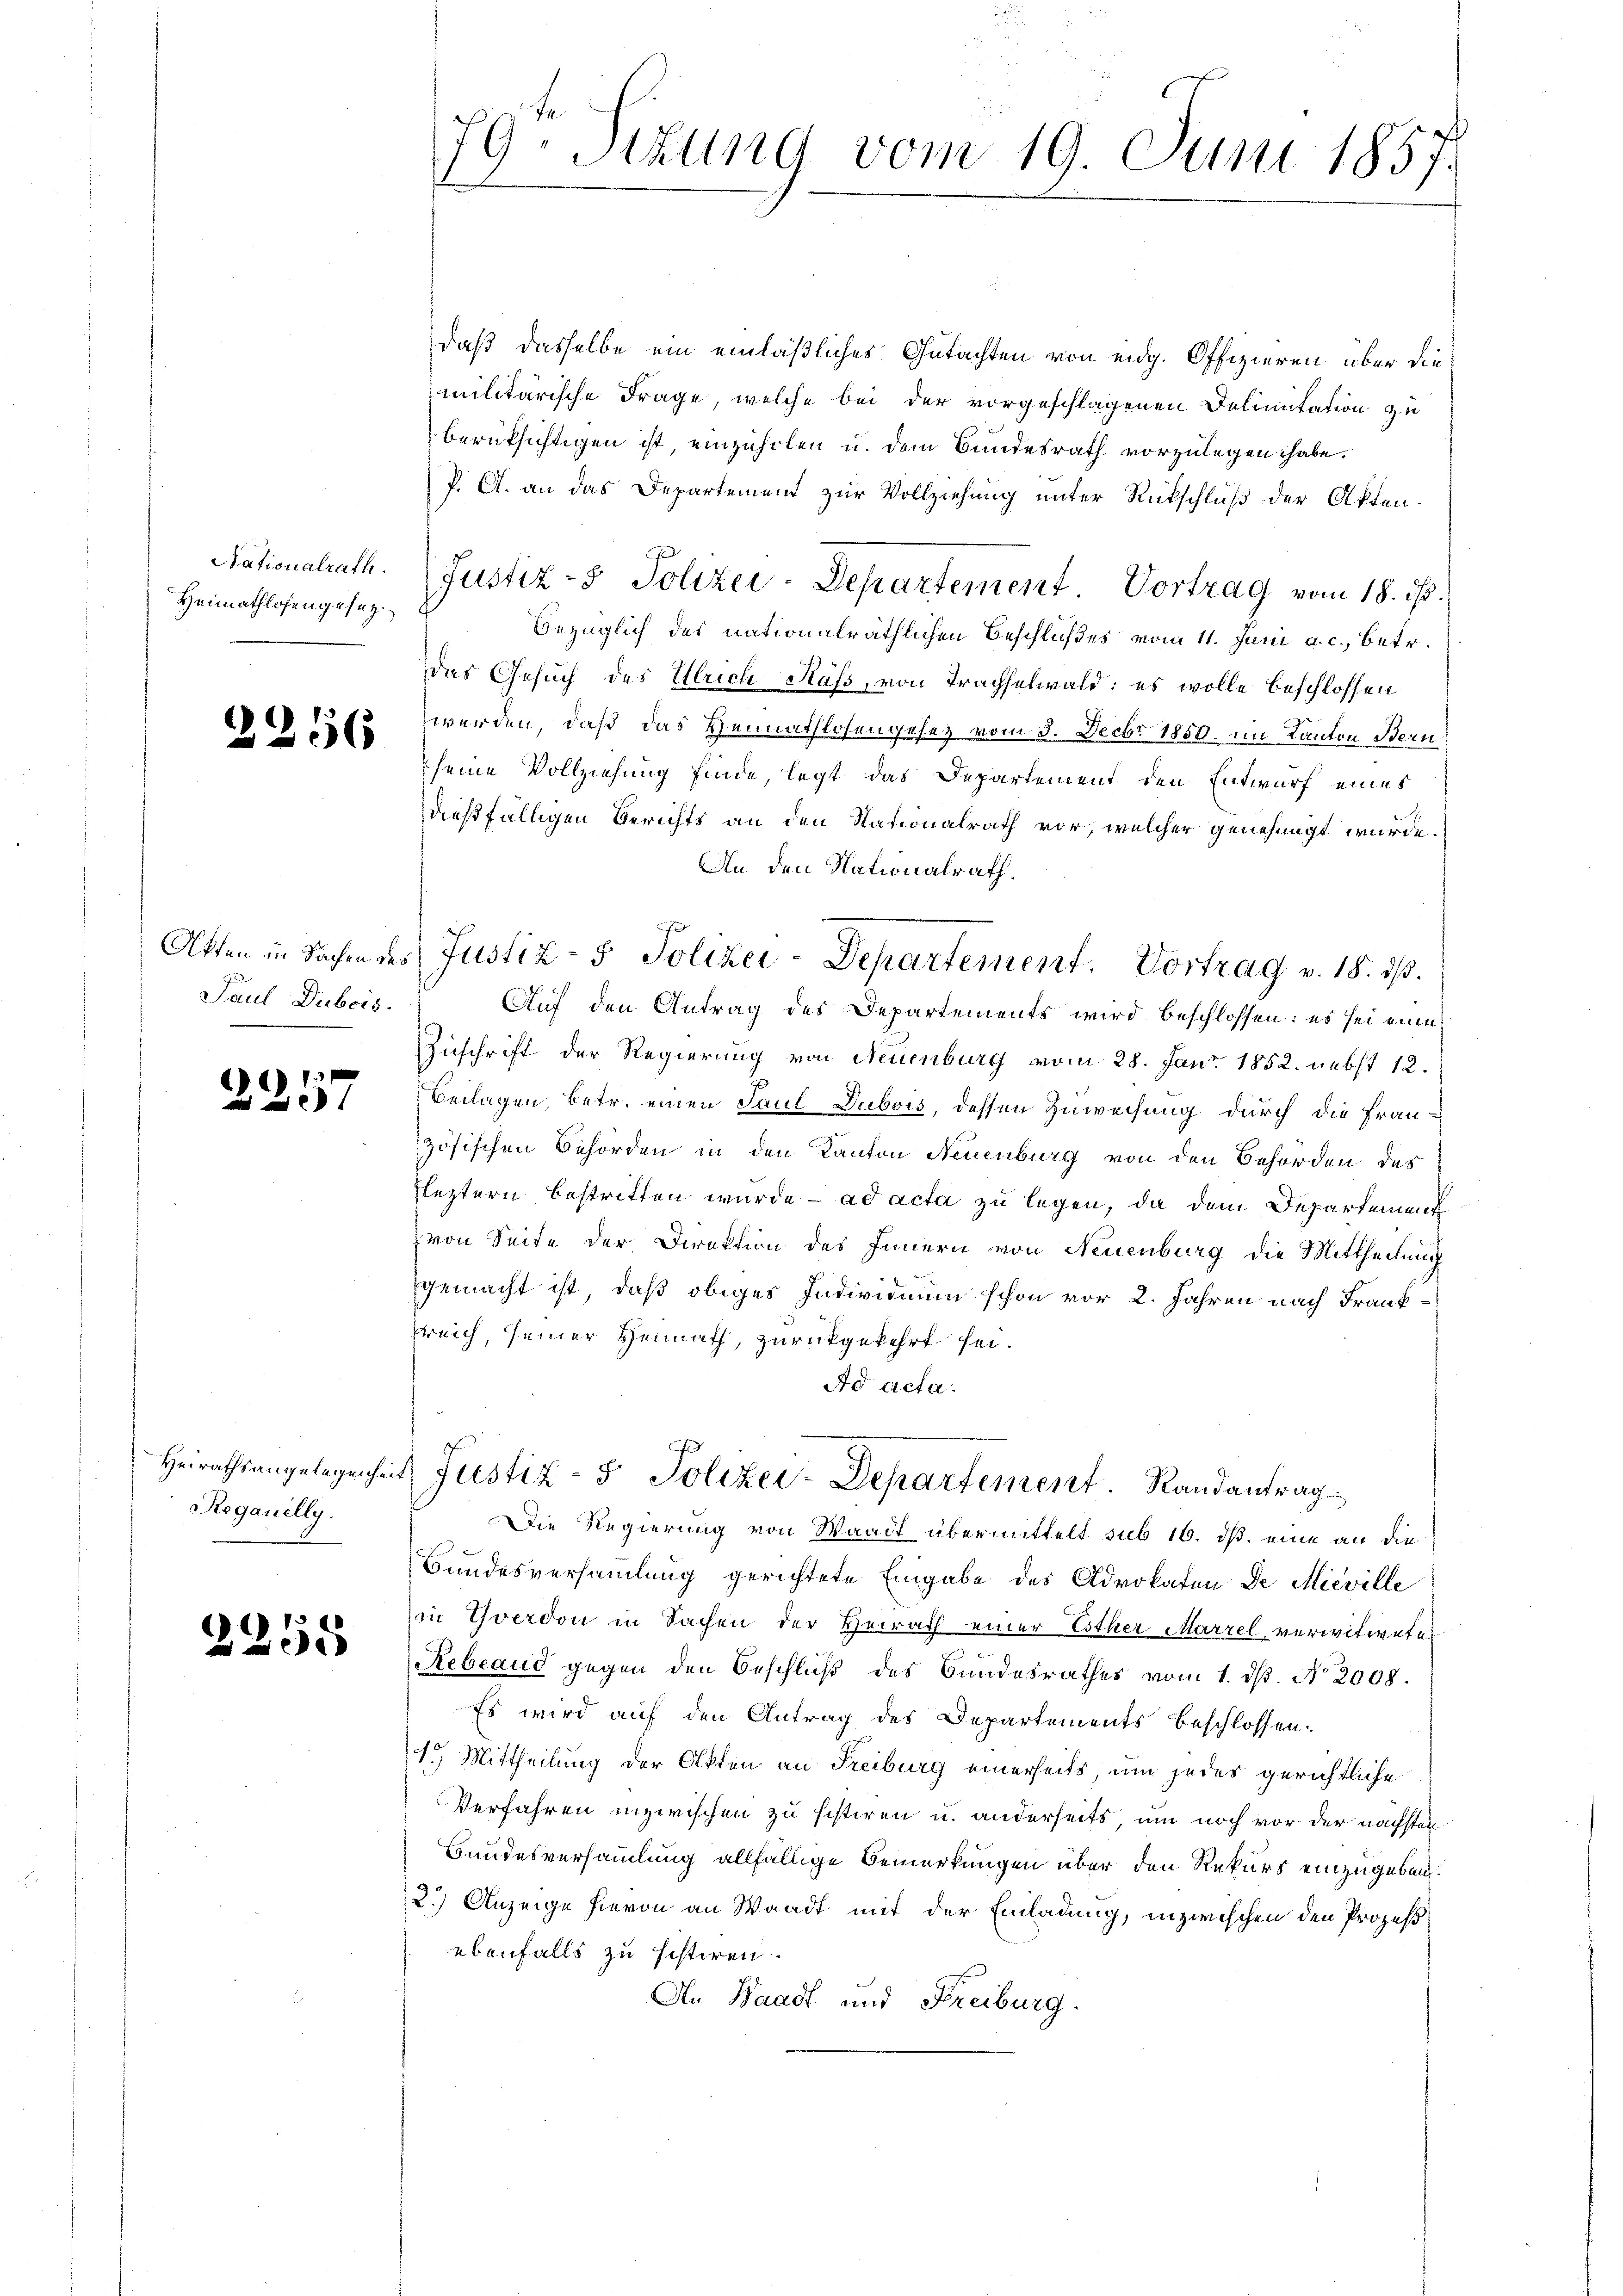
Stationalrath.
Heimathlosengesez¬

1 x

)
2

2256

Paul Dubois.

Heirathsangelegenhe
Reganilly.

55

79. Sitzung vom 19. Juni 1857.

daß dasselbe ein einläßliches Gutachten von eidg. Offizieren über die
militärische Frage, welche bei der vorgeschlagenen Deliuntation zu
berücksichtigen ist, einzuholen u. dem Bundesrath vorzulegen habe.
P. A. an das Departement zur Vollziehung unter Rückschluß der Akten.
Justiz- & Polizei-Departement. Vortrag vom 18. ds.
bezüglich des nationalräthlichen Beschlußes vom 11. Juni a. c., betr.
das Gesuch des Ulrich Hass, von Trachselwald: es wolle beschlossen
werden, daß das Heimathlosengesetz vom 3. Decbr 1850. im Kanton Bern
seine Vollziehung finde, legt das Departement den Entwurf eines
dießfälligen Berichts an den Nationalrath vor, welcher genehmigt wurde.
An den Nationalrath.
Otten in Sachen des Justiz- & Polizei-Departement. Vortrag v. 18. ds.
Auf den Antrag des Departements wird beschlossen: es sei eine
Zuschrift der Regierung von Neuenburg vom 28. Janr. 1852. nebst 12.
Beilagen, betr. einen Paul Dubois, dessen Zuweisung durch die Frau-
zösischen Behörden in den Kanton Neuenburg von den Behörden des
leztern bestritten wurde ad acta zu legen, da dem Departement
von Seite der Direktion des Innern von Neuenburg die Mittheilung
gemacht ist, daß obiges Individuum schon vor 2. Jahren nach Franksreich, seiner Heimath, zurückgekehrt sei.
Ad acta.
1 Justiz- & Polizei-Departement. Randantrag
Die Regierung von Waadt übermittelt sub 16. ds. eine an die
Bundesversammlung gerichtete Eingabe des Advokaten de Mieville
in Yverdon in Sachen der Heirath einer Esther Marzel verwitwete
Rebland gegen den Beschluß des Bundesrathes vom 1. dβ. No. 2008.
Es wird auf den Antrag des Departements beschlossen.
1.) Mittheilung der Akten an Freiburg einerseits, um jedes gerichtliche
Verfahren inzwischen zu sistiren u. anderseits, um noch vor der nächsten
Bundesversammlung allfällige Bemerkungen über den Rekurs einzugeben.
2.) Anzeige hievon an Waadt mit der Einladung, inzwischen den Prozeßebenfalls zu sistiren.
An Waadt und Freiburg.